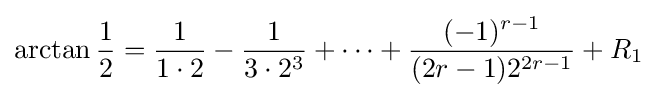
\arctan {\frac {1}{2}}={\frac {1}{1\cdot 2}}-{\frac {1}{3\cdot 2^{3}}}+\cdots +{\frac {(-1)^{r-1}}{(2r-1)2^{2r-1}}}+R_{1}